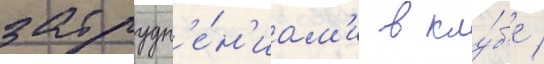
затрудн'е́н'иам'и в клу́б'е /